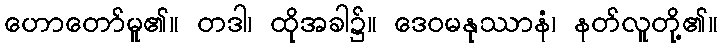
ဟောတော်မူ၏။ တဒါ၊ ထိုအခါ၌။ ဒေဝမနုဿာနံ၊ နတ်လူတို့၏။